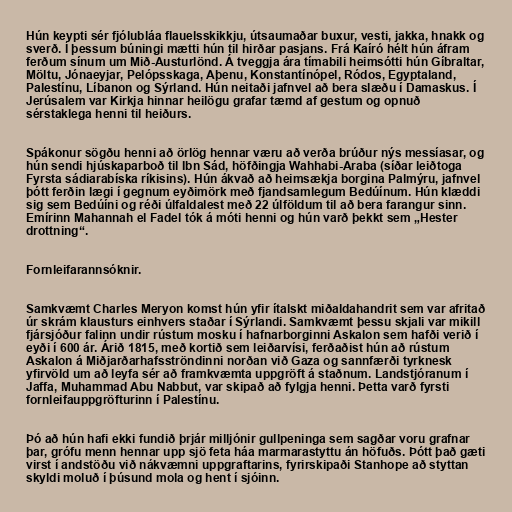
Hún keypti sér fjólubláa flauelsskikkju, útsaumaðar buxur, vesti, jakka, hnakk og
sverð. Í þessum búningi mætti hún til hirðar pasjans. Frá Kaíró hélt hún áfram
ferðum sínum um Mið-Austurlönd. Á tveggja ára tímabili heimsótti hún Gíbraltar,
Möltu, Jónaeyjar, Pelópsskaga, Aþenu, Konstantínópel, Ródos, Egyptaland,
Palestínu, Líbanon og Sýrland. Hún neitaði jafnvel að bera slæðu í Damaskus. Í
Jerúsalem var Kirkja hinnar heilögu grafar tæmd af gestum og opnuð
sérstaklega henni til heiðurs.

Spákonur sögðu henni að örlög hennar væru að verða brúður nýs messíasar, og
hún sendi hjúskaparboð til Ibn Sád, höfðingja Wahhabi-Araba (síðar leiðtoga
Fyrsta sádiarabíska ríkisins). Hún ákvað að heimsækja borgina Palmýru, jafnvel
þótt ferðin lægi í gegnum eyðimörk með fjandsamlegum Bedúínum. Hún klæddi
sig sem Bedúíni og réði úlfaldalest með 22 úlföldum til að bera farangur sinn.
Emírinn Mahannah el Fadel tók á móti henni og hún varð þekkt sem „Hester
drottning“.

Fornleifarannsóknir.

Samkvæmt Charles Meryon komst hún yfir ítalskt miðaldahandrit sem var afritað
úr skrám klausturs einhvers staðar í Sýrlandi. Samkvæmt þessu skjali var mikill
fjársjóður falinn undir rústum mosku í hafnarborginni Askalon sem hafði verið í
eyði í 600 ár. Árið 1815, með kortið sem leiðarvísi, ferðaðist hún að rústum
Askalon á Miðjarðarhafsströndinni norðan við Gaza og sannfærði tyrknesk
yfirvöld um að leyfa sér að framkvæmta uppgröft á staðnum. Landstjóranum í
Jaffa, Muhammad Abu Nabbut, var skipað að fylgja henni. Þetta varð fyrsti
fornleifauppgröfturinn í Palestínu.

Þó að hún hafi ekki fundið þrjár milljónir gullpeninga sem sagðar voru grafnar
þar, grófu menn hennar upp sjö feta háa marmarastyttu án höfuðs. Þótt það gæti
virst í andstöðu við nákvæmni uppgraftarins, fyrirskipaði Stanhope að styttan
skyldi moluð í þúsund mola og hent í sjóinn.